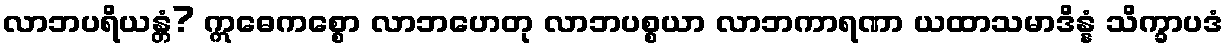
လာဘပရိယန္တံ? ဣဓေကစ္စော လာဘဟေတု လာဘပစ္စယာ လာဘကာရဏာ ယထာသမာဒိန္နံ သိက္ခာပဒံ